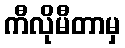
ကီလိုမီတာမှ